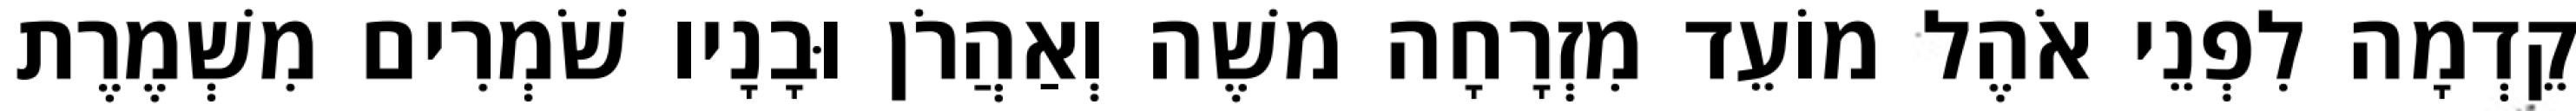
קֵדְמָה לִפְנֵי אֹהֶל מוֹעֵד מִזְרָחָה משֶׁה וְאַהֲרֹן וּבָנָיו שֹׁמְרִים מִשְׁמֶרֶת